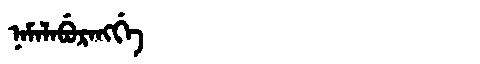
Manchu: ᠨᠠᠮᠠᠯᠠᠪᡠᡵᠠᠩᡤᡝ
Romanization: NAMALABURANGGE